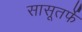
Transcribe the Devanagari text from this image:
सासूतर्फे